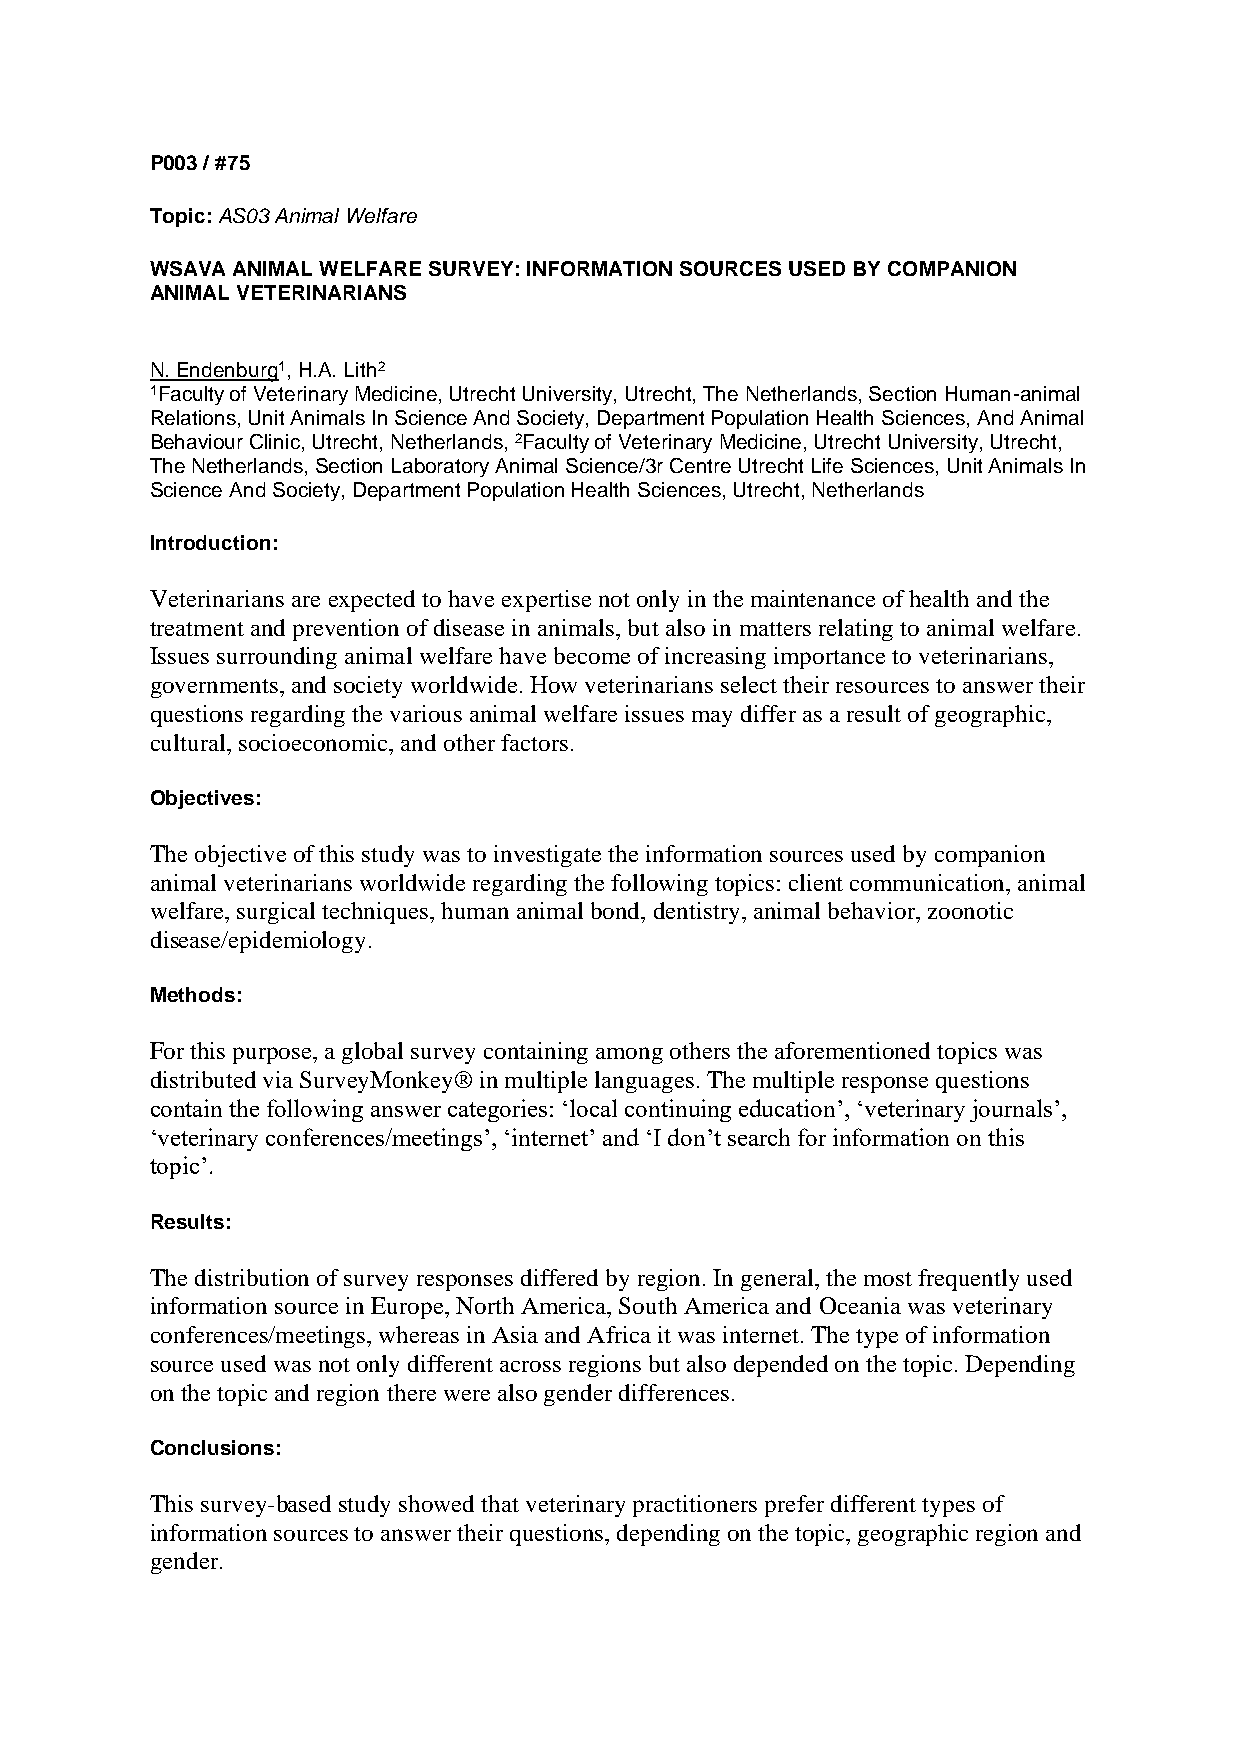
P003 / #75
 Topic: AS03 Animal Welfare
 WSAVA ANIMAL WELFARE SURVEY: INFORMATION SOURCES USED BY COMPANION
 ANIMAL VETERINARIANS
 N. Endenburg1, H.A. Lith2
 1Faculty of Veterinary Medicine, Utrecht University, Utrecht, The Netherlands, Section Human-animal
 Relations, Unit Animals In Science And Society, Department Population Health Sciences, And Animal
 Behaviour Clinic, Utrecht, Netherlands, 2Faculty of Veterinary Medicine, Utrecht University, Utrecht,
 The Netherlands, Section Laboratory Animal Science/3r Centre Utrecht Life Sciences, Unit Animals In
 Science And Society, Department Population Health Sciences, Utrecht, Netherlands
 Introduction:
 Veterinarians are expected to have expertise not only in the maintenance of health and the
 treatment and prevention of disease in animals, but also in matters relating to animal welfare.
 Issues surrounding animal welfare have become of increasing importance to veterinarians,
 governments, and society worldwide. How veterinarians select their resources to answer their
 questions regarding the various animal welfare issues may differ as a result of geographic,
 cultural, socioeconomic, and other factors.
 Objectives:
 The objective of this study was to investigate the information sources used by companion
 animal veterinarians worldwide regarding the following topics: client communication, animal
 welfare, surgical techniques, human animal bond, dentistry, animal behavior, zoonotic
 disease/epidemiology.
 Methods:
 For this purpose, a global survey containing among others the aforementioned topics was
 distributed via SurveyMonkey® in multiple languages. The multiple response questions
 contain the following answer categories: ‘local continuing education’, ‘veterinary journals’,
 ‘veterinary conferences/meetings’, ‘internet’ and ‘I don’t search for information on this
 topic’.
 Results:
 The distribution of survey responses differed by region. In general, the most frequently used
 information source in Europe, North America, South America and Oceania was veterinary
 conferences/meetings, whereas in Asia and Africa it was internet. The type of information
 source used was not only different across regions but also depended on the topic. Depending
 on the topic and region there were also gender differences.
 Conclusions:
 This survey-based study showed that veterinary practitioners prefer different types of
 information sources to answer their questions, depending on the topic, geographic region and
 gender.